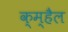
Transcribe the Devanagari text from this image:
क्म्हैल